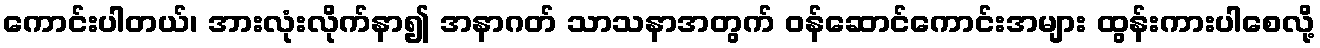
ကောင်းပါတယ်၊ အားလုံးလိုက်နာ၍ အနာဂတ် သာသနာအတွက် ဝန်ဆောင်ကောင်းအများ ထွန်းကားပါစေလို့